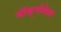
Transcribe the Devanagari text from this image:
बॉङ्गोदेश